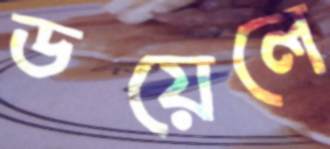
ডয়েলে